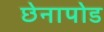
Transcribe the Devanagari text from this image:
छेनापोड